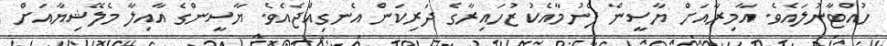
ހުއްޓާނުލައެވެ. އާމިރާއަށް ޔާސީން ފެނުމާއެކު ޒުހައިރާގެ ދަރިކަން އެނގިއްޖެއެވެ. ޔާސީންގެ އާއިލާ މެލޭޝިޔާއަށް